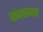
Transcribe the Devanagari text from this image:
संक्ख्या